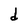
Character: d